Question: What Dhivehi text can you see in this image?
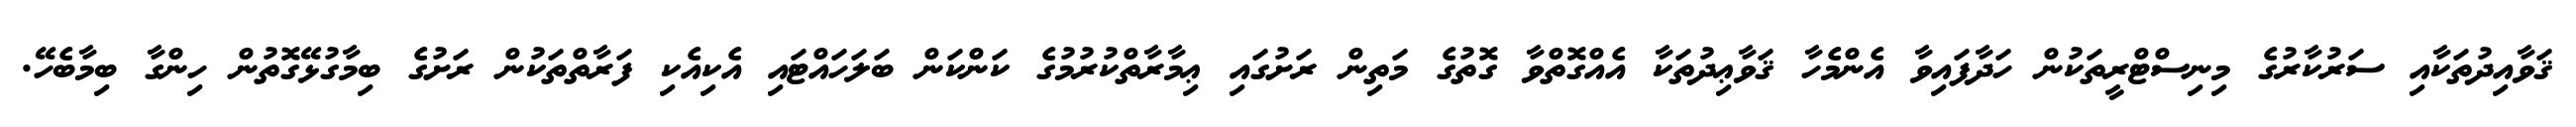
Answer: ޤަވާއިދުތަކާއި ސަރުކާރުގެ މިނިސްޓްރީތަކުން ހަދާފައިވާ އެންމެހާ ޤަވާޢިދުތަކާ އެއްގޮތްވާ ގޮތުގެ މަތިން ރަށުގައި ޢިމާރާތްކުރުމުގެ ކަންކަން ބަލަހައްޓައި އެކިއެކި ފަރާތްތަކުން ރަށުގެ ބިމާގުޅޭގޮތުން ހިންގާ ބިމާބެހޭ.